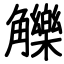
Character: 觻